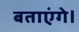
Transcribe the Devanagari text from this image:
बताएंगे।